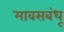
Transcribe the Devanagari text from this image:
मावसबंधू